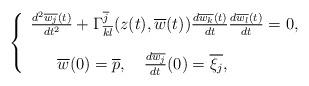
LaTeX: \begin{align*}\left\{ \begin{array}{l}\frac{d^2\overline{w_j}(t)}{dt^2}+\Gamma^{\overline{j}}_{\overline{k}\overline{l}}(z(t),\overline{w}(t))\frac{d\overline{w_k}(t)}{dt}\frac{d\overline{w_l}(t)}{dt}=0,\medskip\medskip\\ \ \ \ \ \ \overline{w}(0)=\overline{p},\ \ \ \frac{d\overline{w_j}}{dt}(0)=\overline{\xi_j},\end{array}\right.\end{align*}